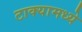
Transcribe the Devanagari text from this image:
टाक्यामध्ये